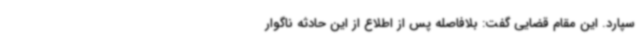
سپارد. این مقام قضایی گفت: بلافاصله پس از اطلاع از این حادثه ناگوار